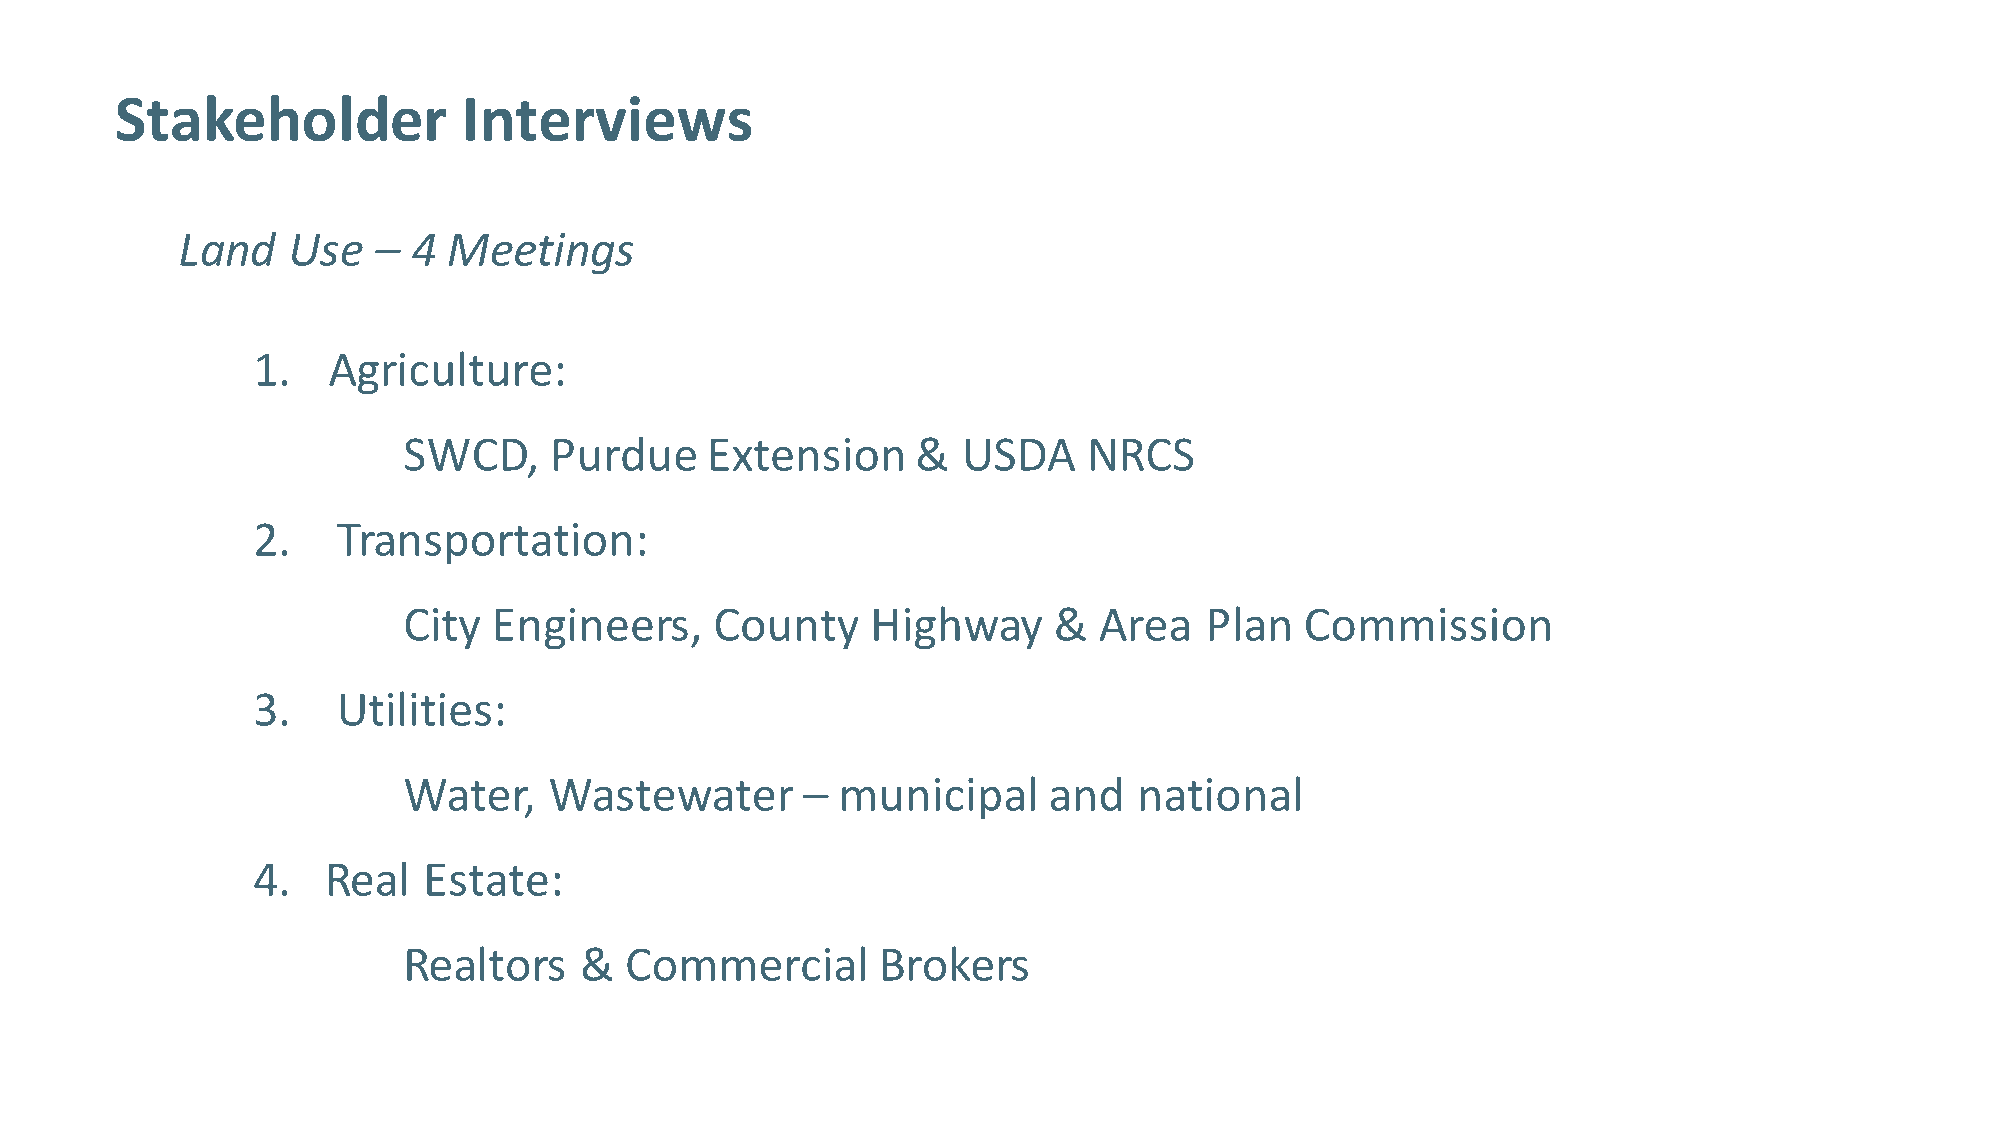
Stakeholder            Interviews
 Land   Use   – 4  Meetings
 1.   Agriculture:
 SWCD,    Purdue     Extension     &  USDA    NRCS
 2.   Transportation:
 City  Engineers,    County     Highway     &  Area   Plan  Commission
 3.   Utilities:
 Water,   Wastewater       – municipal     and   national
 4.  Real   Estate:
 Realtors   &  Commercial       Brokers